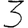
Digit: 3